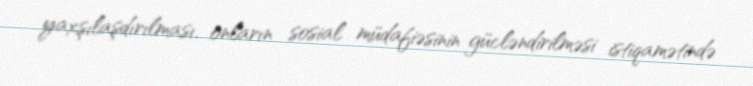
yaxşılaşdırılması, onların sosial müdafiəsinin gücləndirilməsi istiqamətində